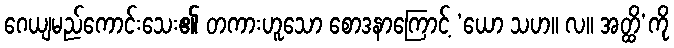
ဂေယျမည်ကောင်းသေး၏ တကားဟူသော စောဒနာကြောင့် ‘ယော သဟ။ လ။ အတ္ထိ’ကို